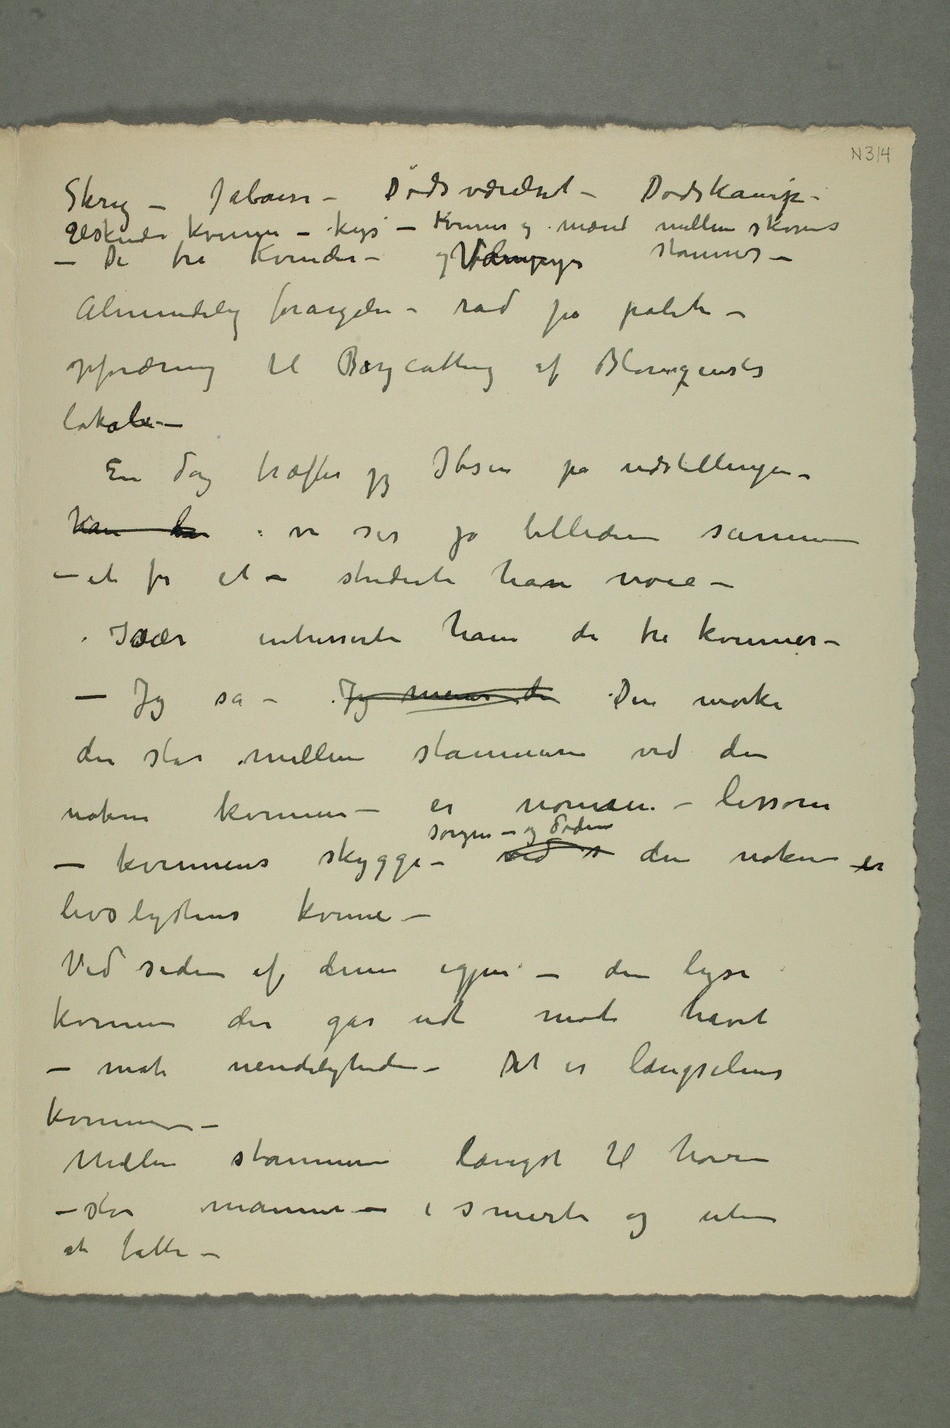
Skrig – Jalousi – Dødsværelset – Dødskamp –
Elskende kvinne – Kys – Kvinne og mand mellem skovens stammer–
Almindelig forargelse – rad på politi –
opfordring til Boycotting af Blomquists
lokale –
En dag træffer jeg Ibsen på udstillingen
Kan de – vi ser på billederne sammen
– et for et – studerte han nøie –
Især interesserte ham de tre kvinner –
– Jeg sa – Jeg mener de Den mørke
der står mellem stammerne ved den
nakne kvinnen – er nonnen – lissom
– kvinnens skygge – – ved s sorgen – og dødenden nakne er
livslystens kvinne –
Ved siden af dem igjen – den lyse
kvinnen der går ud mot havet
– mot uendeligheten – Det er længselens
kvinne –
Mellem stammerne lengst til høire
– står mannen – i smerte og uten
at fatte –